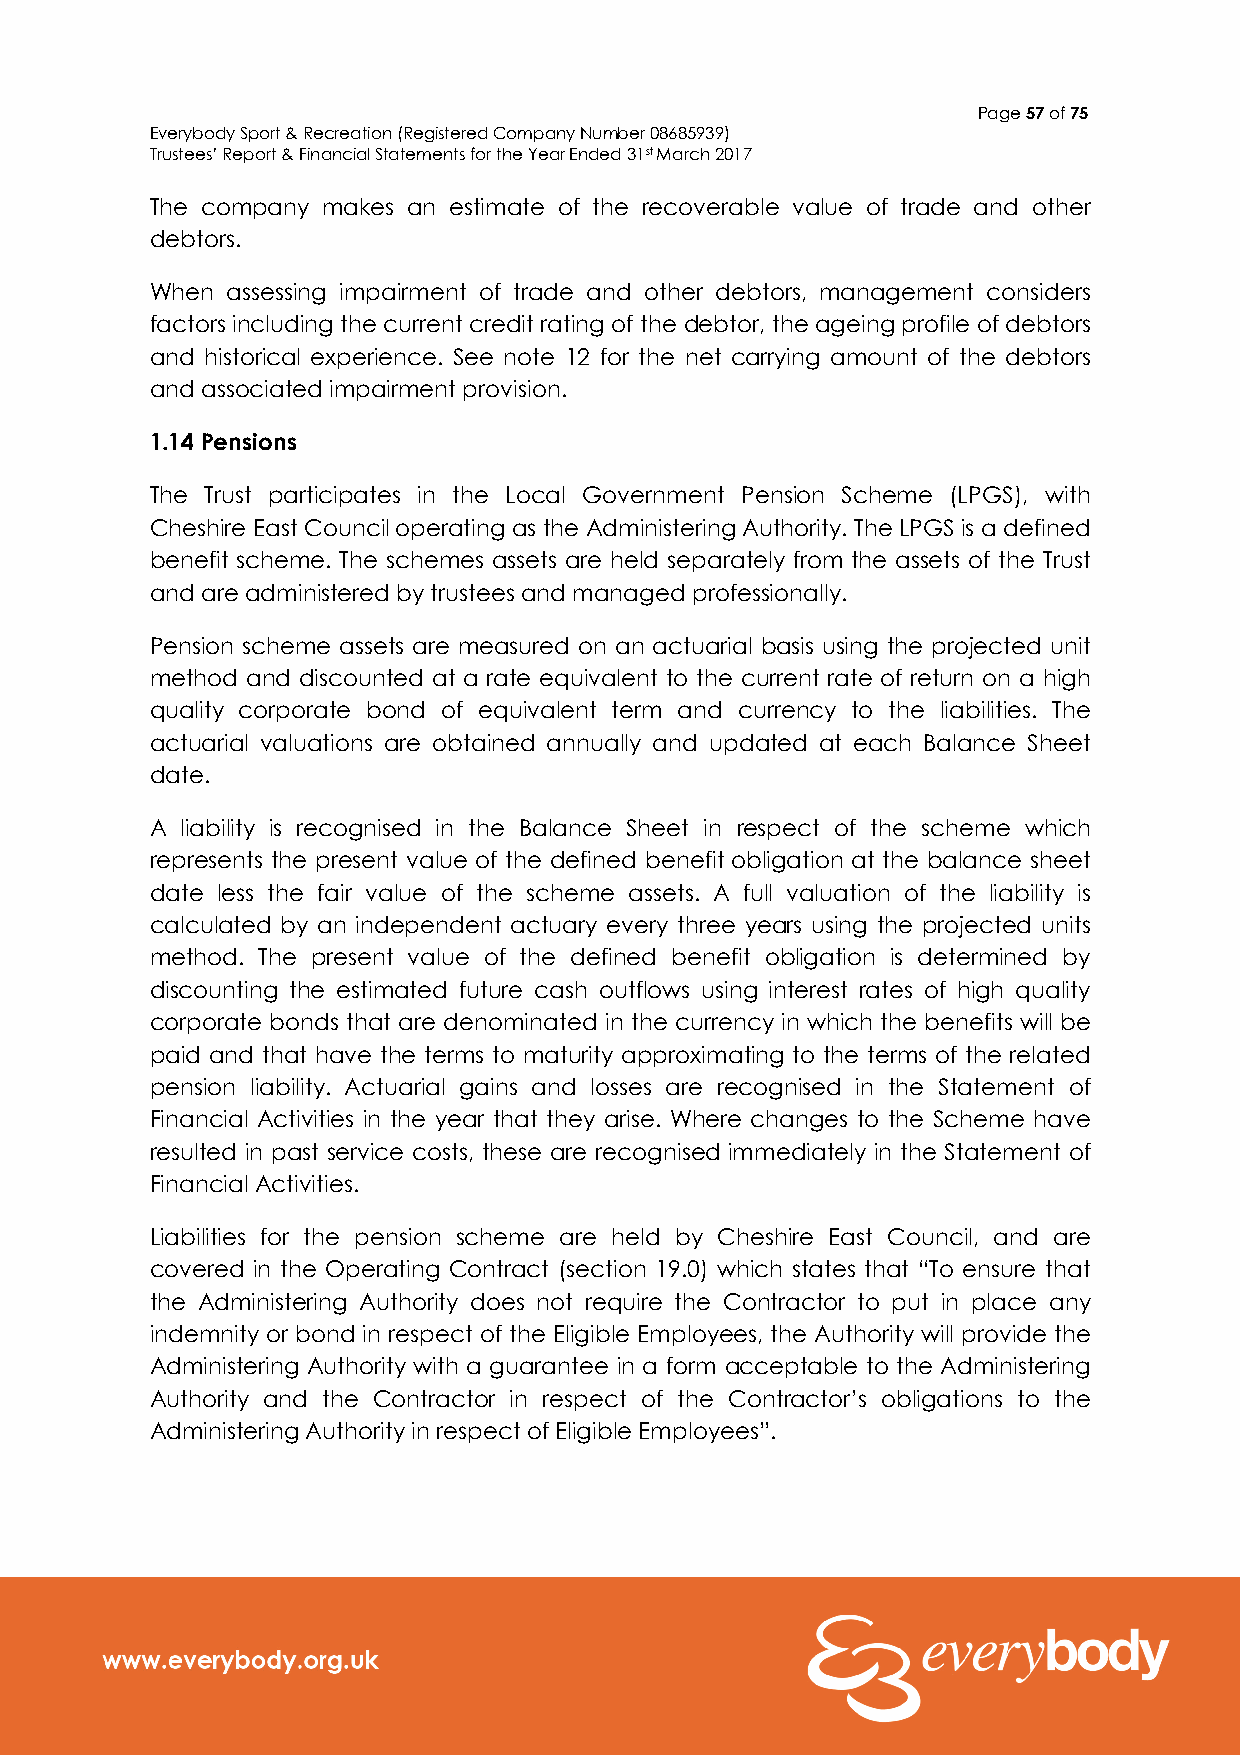
Page 57 of 75
 Everybody Sport & Recreation (Registered Company Number 08685939)
 Trustees’ Report & Financial Statements for the Year Ended 31st March 2017
 The company makes an estimate of the recoverable value of trade and other
 debtors.
 When assessing impairment of trade and other debtors, management considers
 factors including the current credit rating of the debtor, the ageing profile of debtors
 and historical experience. See note 12 for the net carrying amount of the debtors
 and associated impairment provision.
 1.14 Pensions
 The Trust participates in the Local Government Pension Scheme (LPGS), with
 Cheshire East Council operating as the Administering Authority. The LPGS is a defined
 benefit scheme. The schemes assets are held separately from the assets of the Trust
 and are administered by trustees and managed professionally.
 Pension scheme assets are measured on an actuarial basis using the projected unit
 method and discounted at a rate equivalent to the current rate of return on a high
 quality corporate bond of equivalent term and currency to the liabilities. The
 actuarial valuations are obtained annually and updated at each Balance Sheet
 date.
 A liability is recognised in the Balance Sheet in respect of the scheme which
 represents the present value of the defined benefit obligation at the balance sheet
 date less the fair value of the scheme assets. A full valuation of the liability is
 calculated by an independent actuary every three years using the projected units
 method. The present value of the defined benefit obligation is determined by
 discounting the estimated future cash outflows using interest rates of high quality
 corporate bonds that are denominated in the currency in which the benefits will be
 paid and that have the terms to maturity approximating to the terms of the related
 pension liability. Actuarial gains and losses are recognised in the Statement of
 Financial Activities in the year that they arise. Where changes to the Scheme have
 resulted in past service costs, these are recognised immediately in the Statement of
 Financial Activities.
 Liabilities for the pension scheme are held by Cheshire East Council, and are
 covered in the Operating Contract (section 19.0) which states that “To ensure that
 the Administering Authority does not require the Contractor to put in place any
 indemnity or bond in respect of the Eligible Employees, the Authority will provide the
 Administering Authority with a guarantee in a form acceptable to the Administering
 Authority and the Contractor in respect of the Contractor’s obligations to the
 Administering Authority in respect of Eligible Employees”.